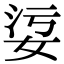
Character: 𡜂